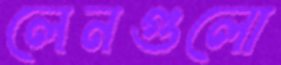
লেনগুলো